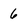
Character: 6